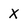
Character: X